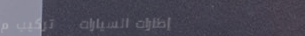
إطارات السيارات   تركيب م